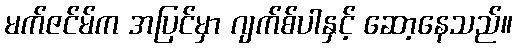
မက်ဇင်မ်က အပြင်မှာ ဂျက်စ်ပါနှင့် ဆော့နေသည်။